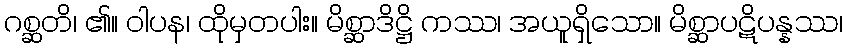
ဂစ္ဆတိ၊ ၏။ ဝါပန၊ ထိုမှတပါး။ မိစ္ဆာဒိဋ္ဌိ ကဿ၊ အယူရှိသော။ မိစ္ဆာပဋိပန္နဿ၊